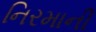
નિરમાની